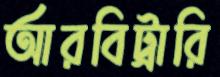
আরবিট্রারি